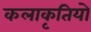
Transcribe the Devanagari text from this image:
कलाकृतियो